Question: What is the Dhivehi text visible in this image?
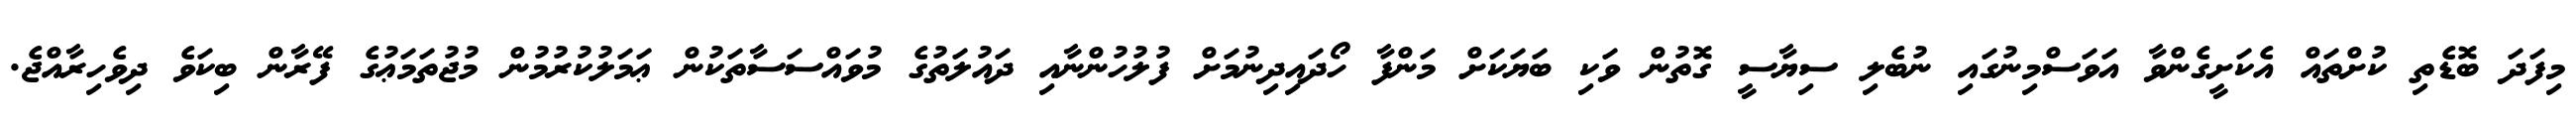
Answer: މިފަދަ ބޮޑެތި ކުށްތައް އެކަށީގެންވާ އަވަސްމިނުގައި ނުބެލި ސިޔާސީ ގޮތުން ވަކި ބަޔަކަށް މަންފާ ހޯދައިދިނުމަށް ފުލުހުންނާއި ދައުލަތުގެ މުވައްސަސާތަކުން ޢަމަލުކުރުމުން މުޖުތަމަޢުގެ ފޭރާން ބިކަވެ ދިވެހިރާއްޖެ.